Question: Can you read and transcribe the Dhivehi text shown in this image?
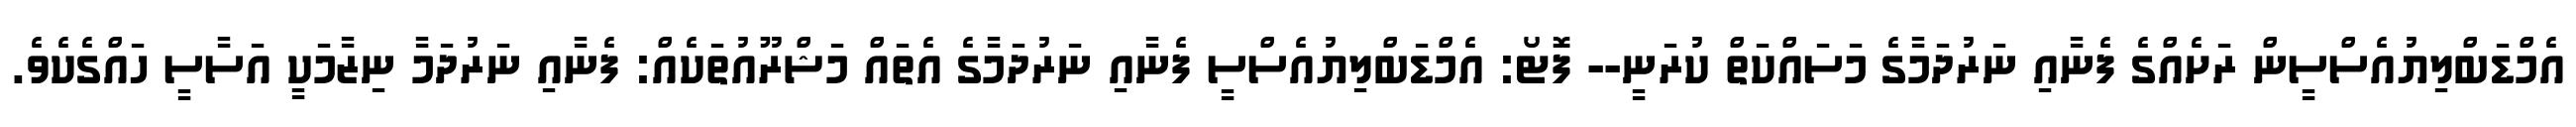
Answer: އެމްޑަބްލިޔުއެސްސީން ރަށެއްގެ ފެނާއި ނަރުދަމާގެ މަސައްކަތް ކުރަނީ-- ފޮޓޯ: އެމްޑަބްލިޔުއެސްސީ ފެނާއި ނަރުދަމާގެ އެތައް މަޝްރޫއުތަކެއް: ފެނާއި ނަރުދަމާ ނިޒާމަކީ އަސާސީ ހައްގެކެވެ.